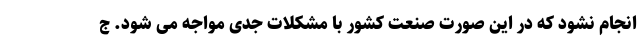
انجام نشود که در این صورت صنعت کشور با مشکلات جدی مواجه می شود. ج